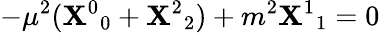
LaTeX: -\mu^{2}({{\cal\mathbf{X}}^{0}}_{0}+{{\cal\mathbf{X}}^{2}}_{2})+m^{2}{{\cal\mathbf{X}}^{1}}_{1}=0